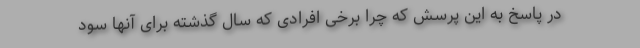
در پاسخ به این پرسش که چرا برخی افرادی که سال گذشته برای آنها سود